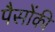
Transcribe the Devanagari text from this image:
पैसोंकी